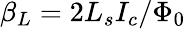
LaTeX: \beta_{L}=2L_{s}I_{c}/\Phi_{0}